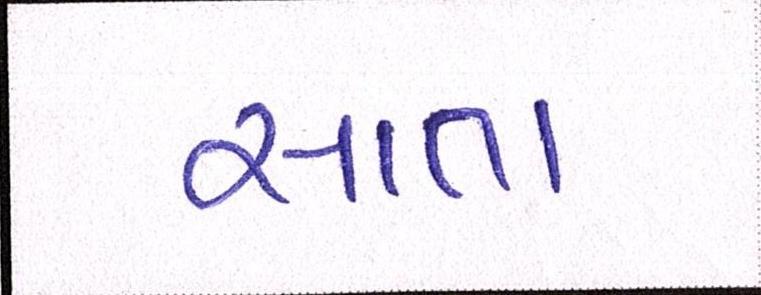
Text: સાતા